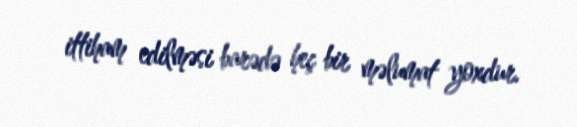
ittiham edilməsi barədə heç bir məlumat yoxdur.